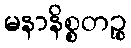
မနာနိစ္စတဉ္စ